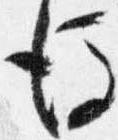
後